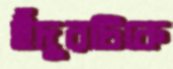
ইঁদুরটিকে